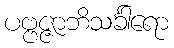
ပဗ္ဗဇ္ဇာဘိသင်္ခါရော